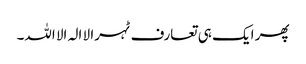
پھر ایک ہی تعارف ٹہرا لا الہ الا اللہ۔